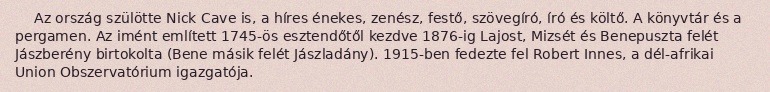
Az ország szülötte Nick Cave is, a híres énekes, zenész, festő, szövegíró, író és költő. A könyvtár és a pergamen. Az imént említett 1745-ös esztendőtől kezdve 1876-ig Lajost, Mizsét és Benepuszta felét Jászberény birtokolta (Bene másik felét Jászladány). 1915-ben fedezte fel Robert Innes, a dél-afrikai Union Obszervatórium igazgatója.